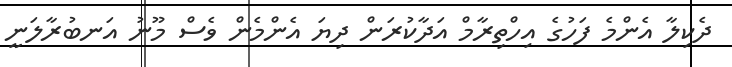
ދެކިލާ އެންމެ ފަހުގެ އިހްތިރާމް އަދާކުރަން ދިޔަ އެންމެން ވެސް މޫނު އަނބުރާލަނީ